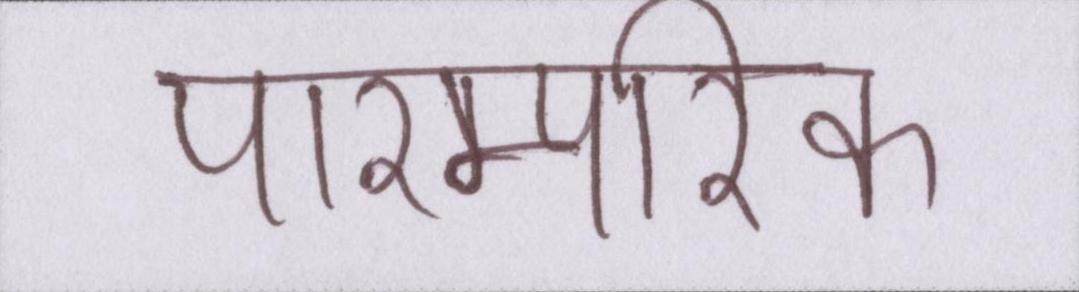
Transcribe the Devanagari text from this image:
पारम्परिक